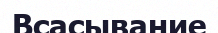
Всасывание